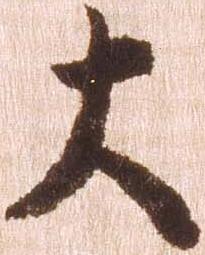
大